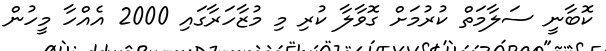
ކޮބާނީ ސަލާމަތް ކުރުމަށް ގޮވާލާ ކުރި މި މުޒާހަރާގައި 2000 އެއްހާ މީހުން